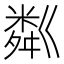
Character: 粼